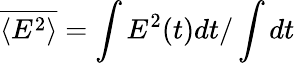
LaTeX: \overline{{\left\langle E^{2}\right\rangle}}=\int E^{2}(t)dt/\int dt